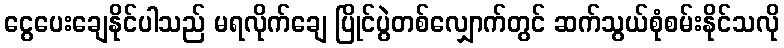
ငွေပေးချေနိုင်ပါသည် မရလိုက်ချေ ပြိုင်ပွဲတစ်လျှောက်တွင် ဆက်သွယ်စုံစမ်းနိုင်သလို